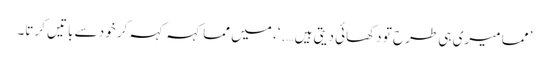
’ مما میری ہی طرح تو دکھائی دیتی ہیں ….‘، میں مما کہہ کہہ کر خود سے باتیں کرتا۔